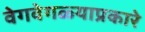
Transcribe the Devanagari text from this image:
वेगवेगळ्याप्रकारे